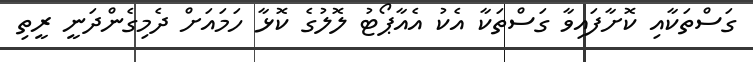
ގަސްތަކާއި ކޮށާފައިވާ ގަސްތަކާ އެކު އެއާޕޯޓު ލޮލުގެ ކޮޅާ ހަމައަށް ދެމިގެންދަނީ ރީތި